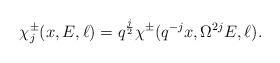
LaTeX: \begin{align*}\chi^{\pm}_j (x,E,\ell) =q^{\frac{j}{2}} \chi^{\pm}(q^{-j} x, \Omega^{2j} E, \ell).\end{align*}